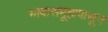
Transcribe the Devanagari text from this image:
भाषासमूहापासून